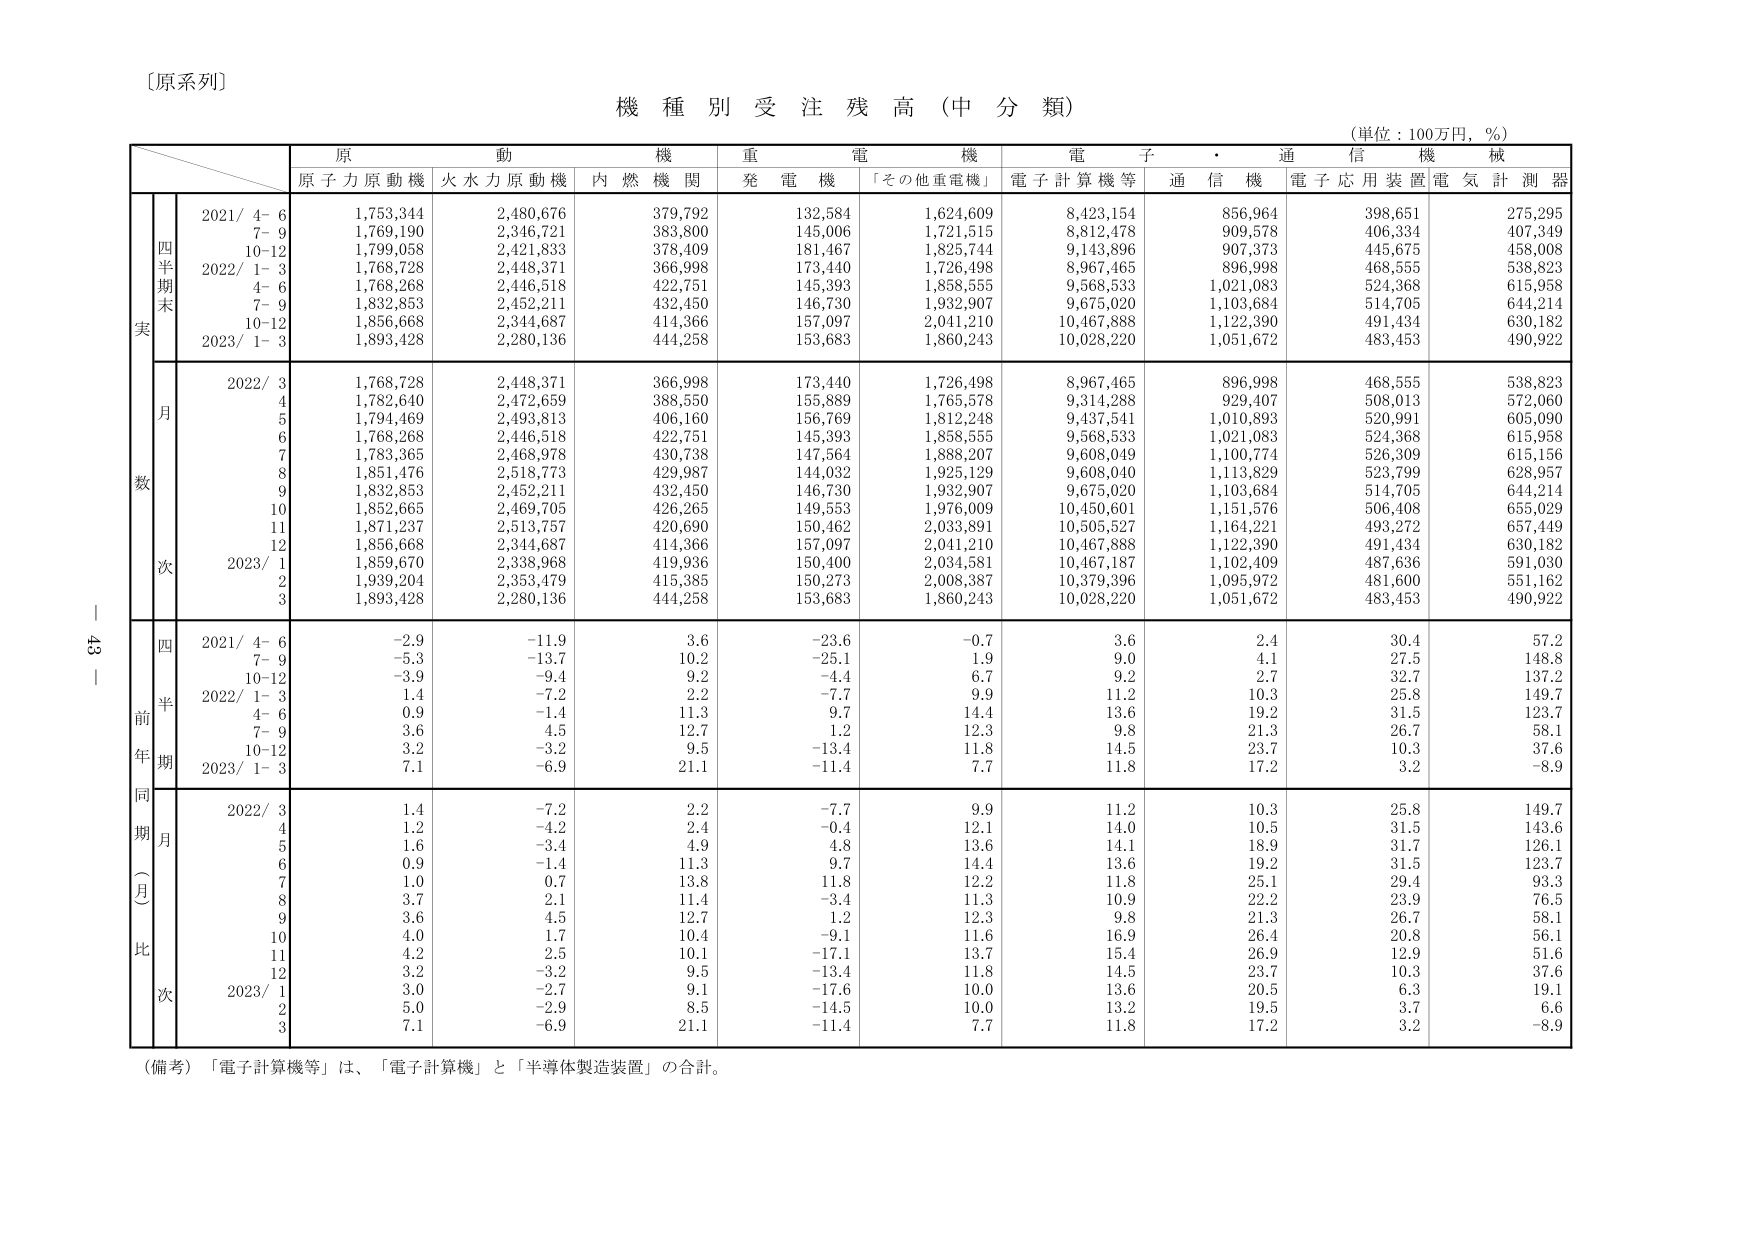
〔原系列〕

機種別受注残高（中分類）
（単位：100万円，％）

原動機　重電機　電子・通信機械
原子力原動機　火水力原動機　内燃機関　発電機　「その他重電機」　電子計算機等　通信機　電子応用装置　電気計測器

四半期末
実
2021/ 4-6　1,753,344　2,480,676　379,792　132,584　1,624,609　8,423,154　856,964　398,651　275,295
　　　7-9　1,769,190　2,346,721　383,800　145,006　1,721,515　8,812,478　909,578　406,334　407,349
　　　10-12　1,799,058　2,421,833　378,409　181,467　1,825,744　9,143,896　907,373　445,675　458,008
2022/ 1-3　1,768,728　2,448,371　366,998　173,440　1,726,498　8,967,465　896,998　468,555　538,823
　　　4-6　1,768,268　2,446,518　422,751　145,393　1,858,555　9,568,533　1,021,083　524,368　615,958
　　　7-9　1,832,853　2,452,211　432,450　146,730　1,932,907　9,675,020　1,103,684　514,705　644,214
　　　10-12　1,856,668　2,344,687　414,366　157,097　2,041,210　10,467,888　1,122,390　491,434　630,182
2023/ 1-3　1,893,428　2,280,136　444,258　153,683　1,860,243　10,028,220　1,051,672　483,453　490,922

月
数
次
2022/ 3　1,768,728　2,448,371　366,998　173,440　1,726,498　8,967,465　896,998　468,555　538,823
　　　4　1,782,640　2,472,659　388,550　155,889　1,765,578　9,314,288　929,407　508,013　572,060
　　　5　1,794,469　2,493,813　406,160　156,769　1,812,248　9,437,541　1,010,893　520,991　605,090
　　　6　1,768,268　2,446,518　422,751　145,393　1,858,555　9,568,533　1,021,083　524,368　615,958
　　　7　1,783,365　2,468,978　430,738　147,564　1,888,207　9,608,049　1,100,774　526,309　615,156
　　　8　1,851,476　2,518,773　429,987　144,032　1,925,129　9,608,040　1,113,829　523,799　628,957
　　　9　1,832,853　2,452,211　432,450　146,730　1,932,907　9,675,020　1,103,684　514,705　644,214
　　　10　1,852,665　2,469,705　426,265　149,553　1,976,009　10,450,601　1,151,576　506,408　655,029
　　　11　1,871,237　2,513,757　420,690　150,462　2,033,891　10,503,527　1,164,221　493,272　657,449
　　　12　1,856,668　2,344,687　414,366　157,097　2,041,210　10,467,888　1,122,390　491,434　630,182
2023/ 1　1,859,670　2,338,968　419,936　150,400　2,034,581　10,467,187　1,102,409　487,636　591,030
　　　2　1,939,204　2,353,479　415,385　150,273　2,008,387　10,379,396　1,095,972　481,600　551,162
　　　3　1,893,428　2,280,136　444,258　153,683　1,860,243　10,028,220　1,051,672　483,453　490,922

四半期
前年同期比
2021/ 4-6　-2.9　-11.9　3.6　-23.6　-0.7　3.6　2.4　30.4　57.2
　　　7-9　-5.3　-13.7　10.2　-25.1　1.9　9.0　4.1　27.5　148.8
　　　10-12　-3.9　-9.4　9.2　-4.4　6.7　9.2　2.7　32.7　137.2
2022/ 1-3　1.4　-7.2　2.2　-7.7　9.9　11.2　10.3　25.8　149.7
　　　4-6　0.9　-1.4　11.3　9.7　14.4　13.6　19.2　31.5　123.7
　　　7-9　3.6　4.5　12.7　1.2　12.3　9.8　21.3　26.7　58.1
　　　10-12　3.2　-3.2　9.5　-13.4　11.8　14.5　23.7　10.3　37.6
2023/ 1-3　7.1　-6.9　21.1　-11.4　7.7　11.8　17.2　3.2　-8.9

同期月比
2022/ 3　1.4　-7.2　2.2　-7.7　9.9　11.2　10.3　25.8　149.7
　　　4　1.2　-4.2　2.4　-0.4　12.1　14.0　10.5　31.5　143.6
　　　5　1.6　-3.4　4.9　4.8　13.6　14.1　18.9　31.7　126.1
　　　6　0.9　-1.4　11.3　9.7　14.4　13.6　19.2　31.5　123.7
　　　7　1.0　0.7　13.8　11.8　12.2　11.8　25.1　29.4　93.3
　　　8　3.7　2.1　11.4　-3.4　11.3　10.9　22.2　23.9　76.5
　　　9　3.6　4.5　12.7　1.2　12.3　9.8　21.3　26.7　58.1
　　　10　4.0　1.7　10.4　-9.1　11.6　16.9　26.4　20.8　56.1
　　　11　4.2　2.5　10.1　-17.1　13.7　15.4　26.9　12.9　51.6
　　　12　3.2　-3.2　9.5　-13.4　11.8　14.5　23.7　10.3　37.6
2023/ 1　3.0　-2.7　9.1　-17.6　10.0　13.6　20.5　6.3　19.1
　　　2　5.0　-2.9　8.5　-14.5　10.0　13.2　19.5　3.7　6.6
　　　3　7.1　-6.9　21.1　-11.4　7.7　11.8　17.2　3.2　-8.9

（備考）「電子計算機等」は、「電子計算機」と「半導体製造装置」の合計。

- 43 -